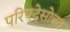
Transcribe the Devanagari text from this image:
परिषदेसोबत